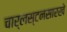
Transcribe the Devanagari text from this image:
चार्लस्टनसारखे